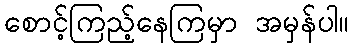
စောင့်ကြည့်နေကြမှာ အမှန်ပါ။